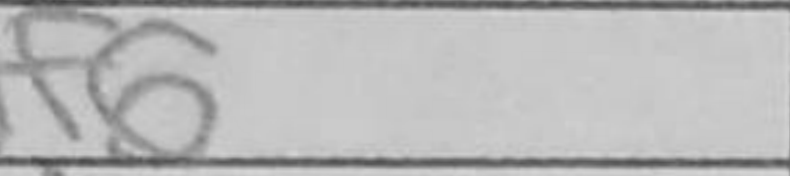
Transcription: Nf6